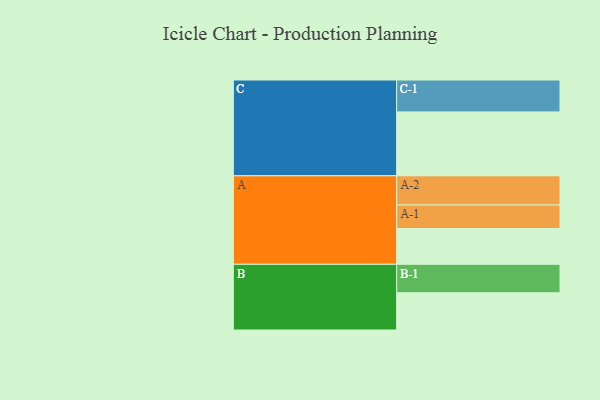
{"axis": {"x": "Segment", "y": "Value"}, "legend": ["", "A", "B", "C"], "data": [{"x": "A", "y": 317, "type": ""}, {"x": "B", "y": 330, "type": ""}, {"x": "C", "y": 567, "type": ""}, {"x": "A-1", "y": 209, "type": "A"}, {"x": "A-2", "y": 259, "type": "A"}, {"x": "B-1", "y": 253, "type": "B"}, {"x": "C-1", "y": 283, "type": "C"}]}